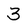
Character: 3